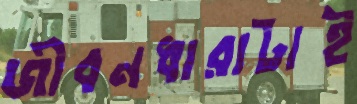
জীবনধারাটাই